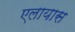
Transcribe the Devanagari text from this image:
एलायास